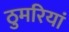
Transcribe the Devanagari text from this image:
ठुमरियां